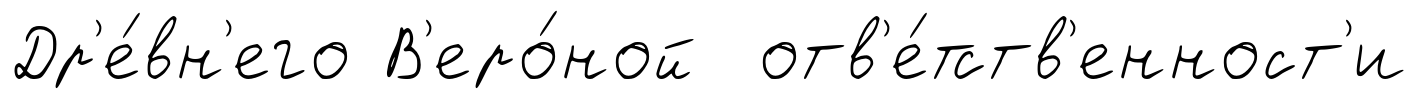
Др'е́вн'его В'еро́ной отв'е́тств'енност'и